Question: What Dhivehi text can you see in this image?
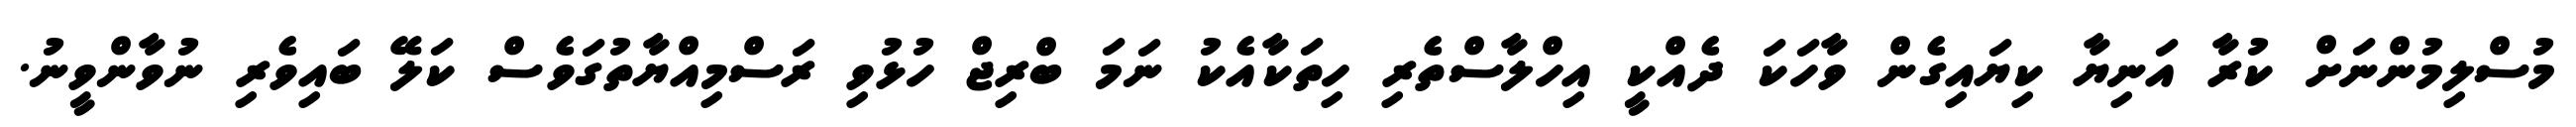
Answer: މުސްލިމުންނަށް ކުރާ އަނިޔާ ކިޔައިގެން ވާހަކަ ދެއްކީ އިހްލާސްތެރި ހިތަކާއެކު ނަމަ ބްރިޖް ހުޅުވި ރަސްމިއްޔާތުގަވެސް ކަލޭ ބައިވެރި ނުވާންވީނު.